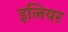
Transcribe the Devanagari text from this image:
इलियर